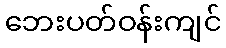
ဘေးပတ်ဝန်းကျင်